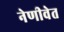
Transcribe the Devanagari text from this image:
नेणीवेत